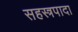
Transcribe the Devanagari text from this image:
सहस्त्रपादा